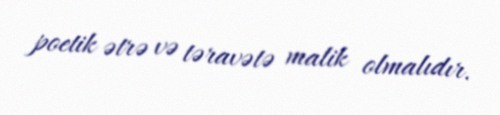
poetik ətrə və təravətə malik olmalıdır.